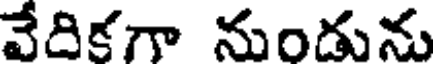
వేదికగా నుండును